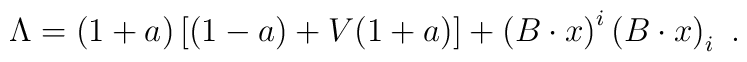
\Lambda = (1+a)\left[(1-a) + V(1+a)\right] + \left(B\cdot     x\right)^i   \left(B\cdot x\right)_i~.